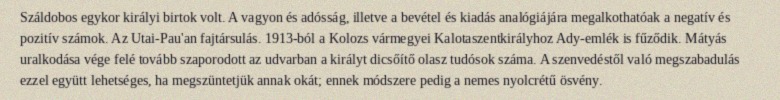
Száldobos egykor királyi birtok volt. A vagyon és adósság, illetve a bevétel és kiadás analógiájára megalkothatóak a negatív és pozitív számok. Az Utai-Pau'an fajtársulás. 1913-ból a Kolozs vármegyei Kalotaszentkirályhoz Ady-emlék is fűződik. Mátyás uralkodása vége felé tovább szaporodott az udvarban a királyt dicsőítő olasz tudósok száma. A szenvedéstől való megszabadulás ezzel együtt lehetséges, ha megszüntetjük annak okát; ennek módszere pedig a nemes nyolcrétű ösvény.